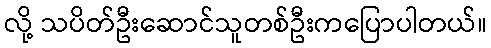
လို့ သပိတ်ဦးဆောင်သူတစ်ဦးကပြောပါတယ်။